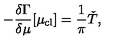
- \frac { \delta \Gamma } { \delta \mu } [ \mu _ { \mathrm { c l } } ] = \frac { 1 } { \pi } \check { T } ,